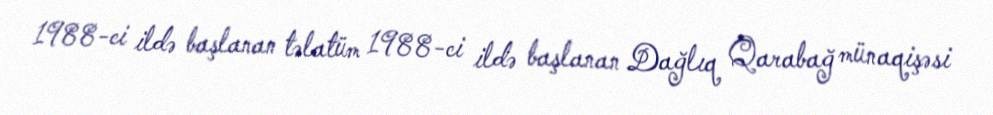
1988-ci ildə başlanan təlatüm 1988-ci ildə başlanan Dağlıq Qarabağ münaqişəsi